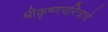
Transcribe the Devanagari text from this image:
श्रीकृष्णचरित्राचे